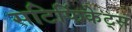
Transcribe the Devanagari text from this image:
सटिर्फिकेट्स